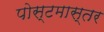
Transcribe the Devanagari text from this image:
पोस्टमास्तर